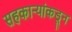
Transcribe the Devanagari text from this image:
सहकाऱ्यांकडून